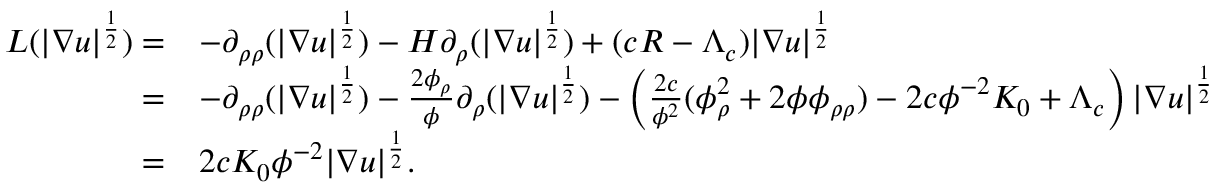
\begin{array} { r l } { L ( | \nabla u | ^ { \frac { 1 } { 2 } } ) = } & { - \partial _ { \rho \rho } ( | \nabla u | ^ { \frac { 1 } { 2 } } ) - H \partial _ { \rho } ( | \nabla u | ^ { \frac { 1 } { 2 } } ) + ( c R - \Lambda _ { c } ) | \nabla u | ^ { \frac { 1 } { 2 } } } \\ { = } & { - \partial _ { \rho \rho } ( | \nabla u | ^ { \frac { 1 } { 2 } } ) - \frac { 2 \phi _ { \rho } } { \phi } \partial _ { \rho } ( | \nabla u | ^ { \frac { 1 } { 2 } } ) - \left( \frac { 2 c } { \phi ^ { 2 } } ( \phi _ { \rho } ^ { 2 } + 2 \phi \phi _ { \rho \rho } ) - 2 c \phi ^ { - 2 } K _ { 0 } + \Lambda _ { c } \right) | \nabla u | ^ { \frac { 1 } { 2 } } } \\ { = } & { 2 c K _ { 0 } \phi ^ { - 2 } | \nabla u | ^ { \frac { 1 } { 2 } } . } \end{array}